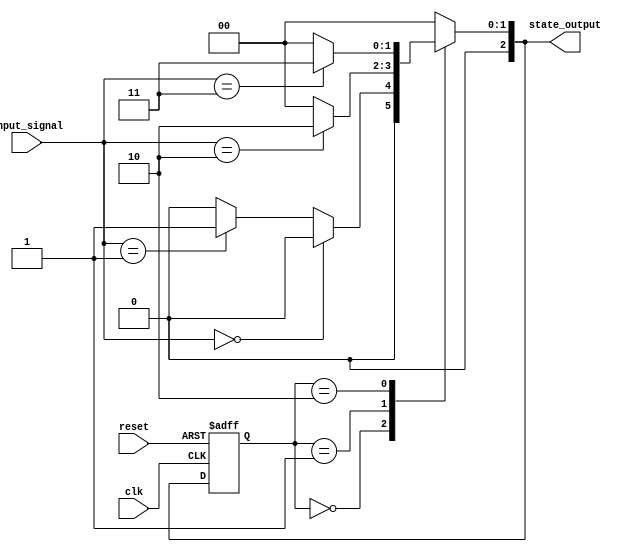
module NBitMealyFSM #(
    parameter N = 3, // Number of bits for state representation
    parameter M = 2  // Number of bits for input representation
)(
    input wire clk,               // Clock signal
    input wire reset,             // Asynchronous reset signal
    input wire [M-1:0] input_signal, // N-bit input signal
    output reg [N-1:0] state_output // N-bit output signal representing the current state
);

// State encoding
localparam STATE_0 = 3'b000;
localparam STATE_1 = 3'b001;
localparam STATE_2 = 3'b010;
localparam STATE_3 = 3'b011;

// State register
reg [N-1:0] current_state, next_state;

// State transition logic
always @(*) begin
    case (current_state)
        STATE_0: begin
            if (input_signal == 2'b00) begin
                next_state = STATE_0;
                state_output = 3'b000; // Output for STATE_0
            end else if (input_signal == 2'b01) begin
                next_state = STATE_1;
                state_output = 3'b001; // Output for STATE_1
            end else begin
                next_state = STATE_0;
                state_output = 3'b000; // Default output
            end
        end
        
        STATE_1: begin
            if (input_signal == 2'b10) begin
                next_state = STATE_2;
                state_output = 3'b010; // Output for STATE_2
            end else begin
                next_state = STATE_0;
                state_output = 3'b000; // Default output
            end
        end
        
        STATE_2: begin
            if (input_signal == 2'b11) begin
                next_state = STATE_3;
                state_output = 3'b011; // Output for STATE_3
            end else begin
                next_state = STATE_0;
                state_output = 3'b000; // Default output
            end
        end
        
        STATE_3: begin
            next_state = STATE_0; // Loop back to STATE_0
            state_output = 3'b000; // Default output
        end
        
        default: begin
            next_state = STATE_0; // Default state
            state_output = 3'b000; // Default output
        end
    endcase
end

// State register update
always @(posedge clk or posedge reset) begin
    if (reset) begin
        current_state <= STATE_0; // Initialize to STATE_0 on reset
    end else begin
        current_state <= next_state; // Update state on clock edge
    end
end

endmodule